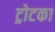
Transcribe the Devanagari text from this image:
ट्रोटका